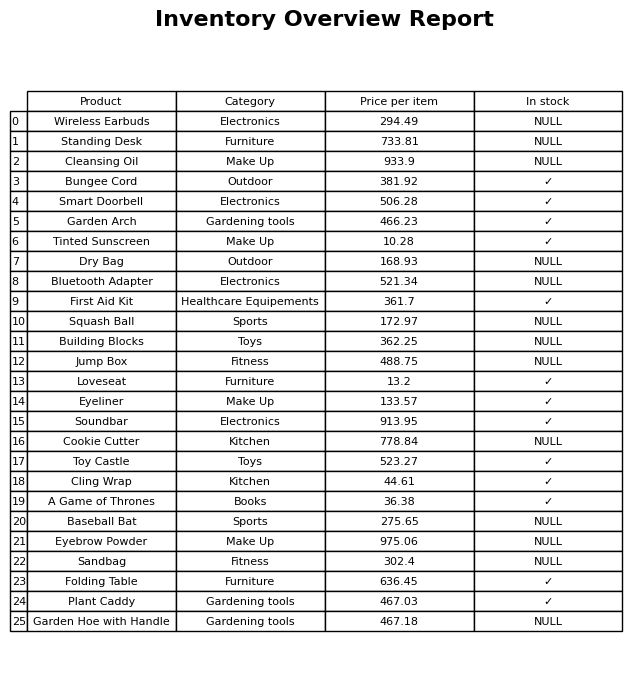
question: What is the price for Baseball Bat?
answer: The price of Baseball Bat is 275.65.